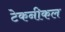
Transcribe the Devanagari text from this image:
टेकनीकल